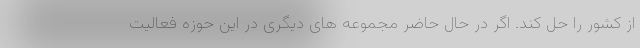
از کشور را حل کند. اگر در حال حاضر مجموعه های دیگری در این حوزه فعالیت